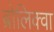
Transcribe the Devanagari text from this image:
ब्रोलिक्वा